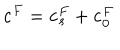
LaTeX: \mathbf { c } ^ { F } = \mathbf { c } _ { s } ^ { F } + \mathbf { c } _ { 0 } ^ { F }